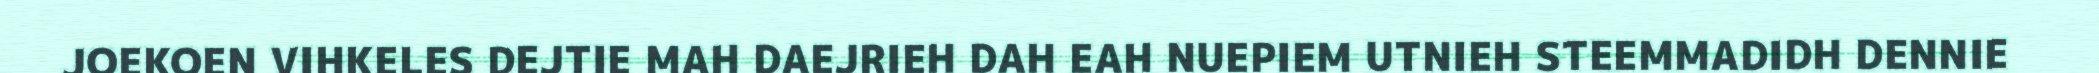
JOEKOEN VIHKELES DEJTIE MAH DAEJRIEH DAH EAH NUEPIEM UTNIEH STEEMMADIDH DENNIE